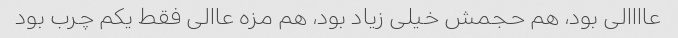
عاااالی بود، هم حجمش خیلی زیاد بود، هم مزه عاالی فقط یکم چرب بود